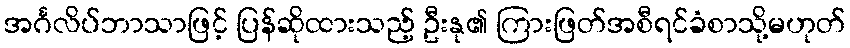
အင်္ဂလိပ်ဘာသာဖြင့် ပြန်ဆိုထားသည့် ဦးနု၏ ကြားဖြတ်အစီရင်ခံစာသို့မဟုတ်